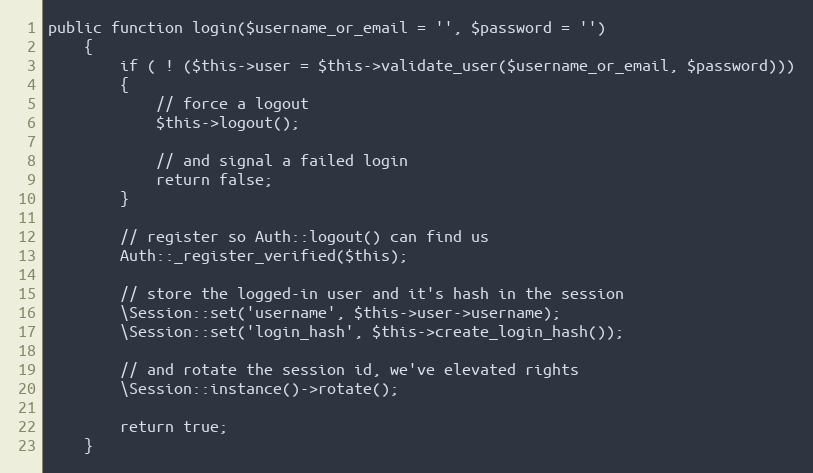
Language: PHP
public function login($username_or_email = '', $password = '')
	{
		if ( ! ($this->user = $this->validate_user($username_or_email, $password)))
		{
			// force a logout
			$this->logout();

			// and signal a failed login
			return false;
		}

		// register so Auth::logout() can find us
		Auth::_register_verified($this);

		// store the logged-in user and it's hash in the session
		\Session::set('username', $this->user->username);
		\Session::set('login_hash', $this->create_login_hash());

		// and rotate the session id, we've elevated rights
		\Session::instance()->rotate();

		return true;
	}